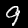
Label: 9